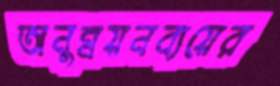
অনুন্নয়নব্যয়ের